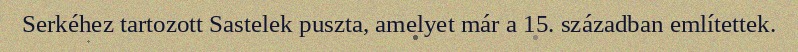
Serkéhez tartozott Sastelek puszta, amelyet már a 15. században említettek.